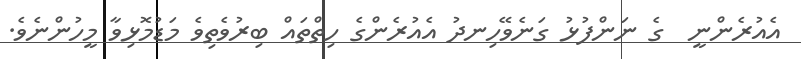
އެއުރެންނީ  ގެ ނަންފުޅު ގަނެވޭހިނދު އެއުރެންގެ ހިތްތައް ބިރުވެތިވެ މަޑުމޮޅިވާ މީހުންނެވެ.